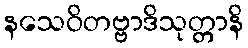
နသေဝိတဗ္ဗာဒိသုတ္တာနိ